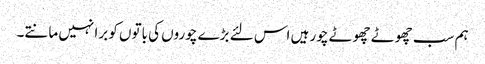
ہم سب چھوٹے چھوٹے چور ہیں اس لئے بڑے چوروں کی باتوں کو برا نہیں مانتے۔